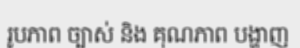
រូបភាព ច្បាស់ និង គុណភាព បង្ហាញ